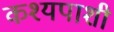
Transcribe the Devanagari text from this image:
कश्यपाशी